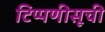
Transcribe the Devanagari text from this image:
टिप्पणीसूची